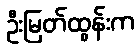
ဦးမြတ်ထွန်းက